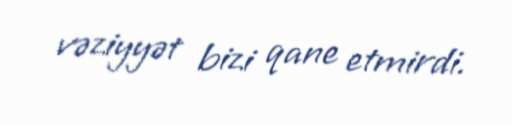
vəziyyət bizi qane etmirdi.